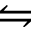
\leftrightharpoons